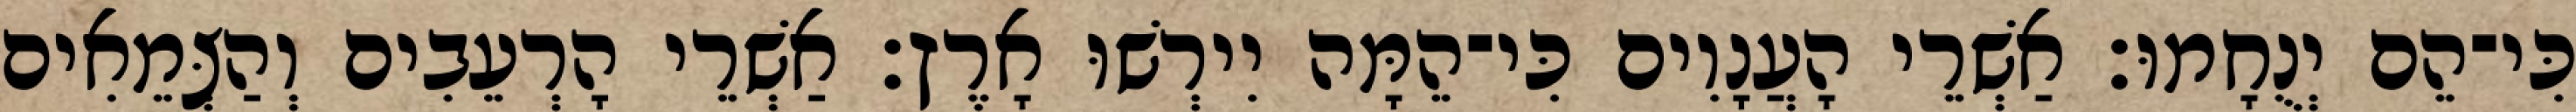
כִּי־הֵם יְנֻחָמוּ׃ אַשְׁרֵי הָעֲנָוִים כִּי־הֵמָּה יִירְשׁוּ אָרֶץ׃ אַשְׁרֵי הָרְעֵבִים וְהַצְּמֵאִים